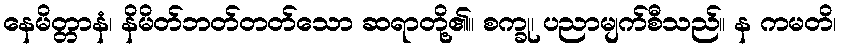
နေမိတ္တာနံ၊ နိမိတ်ဘတ်တတ်သော ဆရာတို့၏။ စက္ခု၊ ပညာမျက်စီသည်။ န ကမတိ၊